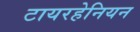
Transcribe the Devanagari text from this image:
टायरहेनियन